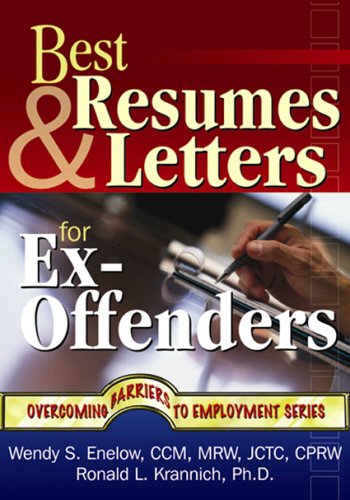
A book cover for Best Resumes and Letters for Ex-Offenders (Overcoming Barriers to Employment Success); Wendy S. Enelow; Business & Money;